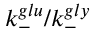
k _ { - } ^ { g l u } / k _ { - } ^ { g l y }